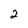
Character: 2